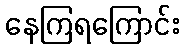
နေကြရကြောင်း